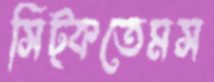
সিট্‌কতেমস